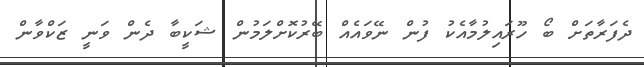
ދެފަރާތަށް ބޯ ހޫރައިލުމާއެކު ފުން ނޭވައެއް ބޭރުކޮށްލަމުން ޝަކީބާ ދެން ވަނީ ޒަކްވާން